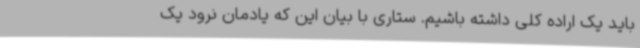
باید یک اراده کلی داشته باشیم. ستاری با بیان این که یادمان نرود یک